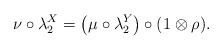
\begin{gather*}\nu\circ\lambda_2^X=\big(\mu\circ\lambda_2^Y\big)\circ (1\otimes\rho).\end{gather*}